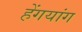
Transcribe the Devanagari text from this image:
हेंगयांग